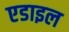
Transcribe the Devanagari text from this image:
एडाइल